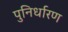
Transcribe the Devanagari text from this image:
पुनिर्धारण